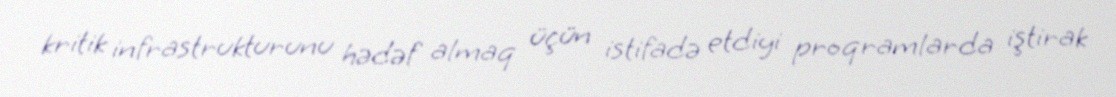
kritik infrastrukturunu hədəf almaq üçün istifadə etdiyi proqramlarda iştirak